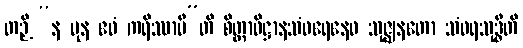
တဉှိ “န ပုန ဧဝံ ကရိဿာမီ”တိ စိတ္တာဓိဋ္ဌာနသံဝရေနေဝ သုဇ္ဈနတော သံဝရသုဒ္ဓီတိ